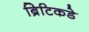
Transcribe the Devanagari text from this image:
ब्रिटिकडे